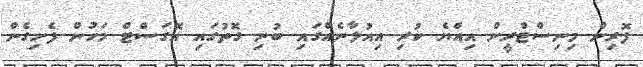
ފޮރިން މިނިސްޓްރީން އިއްޔެ ކުރި އިއުލާނެއްގައި ބުނި ގޮތުގައި އޮގަސްޓް މަހުން ފެށިގެން